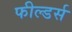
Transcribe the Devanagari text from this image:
फील्डर्स